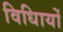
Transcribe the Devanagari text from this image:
विधिायों